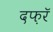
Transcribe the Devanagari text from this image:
दफ़रॅ